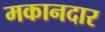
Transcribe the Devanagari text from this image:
मकानदार